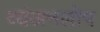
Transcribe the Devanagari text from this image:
व्यंजनलोप